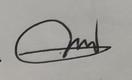
Signature authenticity: genuine